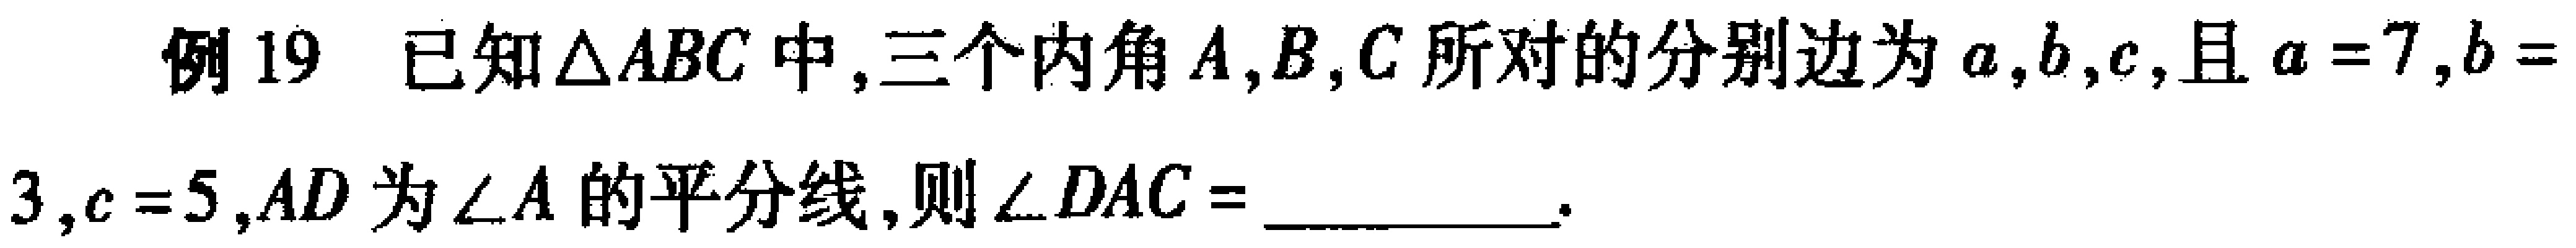
例19 已知$\triangle ABC$中,三个内角$A,B,C$所对的分别边为$a,b,c$,且$a = 7,b = 3,c = 5,AD$为$\angle A$的平分线,则$\angle DAC=$__________.